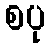
စပု